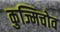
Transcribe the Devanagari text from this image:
कुज्मिचोव